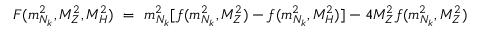
F ( m _ { N _ { k } } ^ { 2 } , M _ { Z } ^ { 2 } , M _ { H } ^ { 2 } ) \ = \ m _ { N _ { k } } ^ { 2 } [ f ( m _ { N _ { k } } ^ { 2 } , M _ { Z } ^ { 2 } ) - f ( m _ { N _ { k } } ^ { 2 } , M _ { H } ^ { 2 } ) ] - 4 M _ { Z } ^ { 2 } f ( m _ { N _ { k } } ^ { 2 } , M _ { Z } ^ { 2 } )